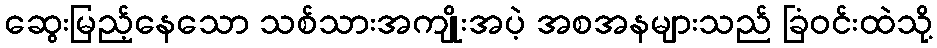
ဆွေးမြည့်နေသော သစ်သားအကျိုးအပဲ့ အစအနများသည် ခြံဝင်းထဲသို့